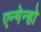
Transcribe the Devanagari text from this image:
एन्गेन्हो